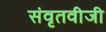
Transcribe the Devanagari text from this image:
संवृतवीजी